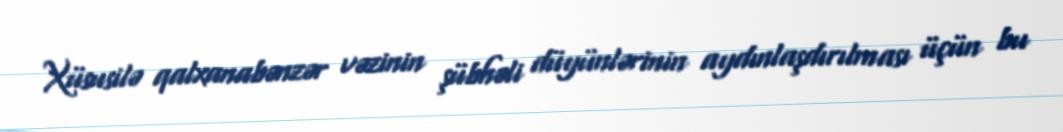
Xüsusilə qalxanabənzər vəzinin şübhəli düyünlərinin aydınlaşdırılması üçün bu